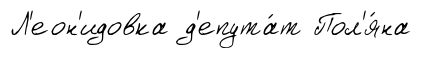
Л'еон'идовка д'епута́т Пол'я́на